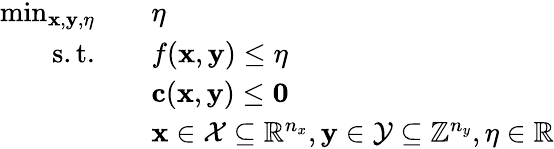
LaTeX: \begin{array}{rl}{\operatorname*{min}_{\mathbf{x},\mathbf{y},\eta}\quad}&{\eta}\\ {\mathrm{s.t.}\quad}&{f(\mathbf{x},\mathbf{y})\leq\eta}\\ &{\mathbf{c}(\mathbf{x},\mathbf{y})\leq\mathbf{0}}\\ &{\mathbf{x}\in\mathcal{X}\subseteq\mathbb{R}^{n_{x}},\mathbf{y}\in\mathcal{Y}\subseteq\mathbb{Z}^{n_{y}},\eta\in\mathbb{R}}\end{array}